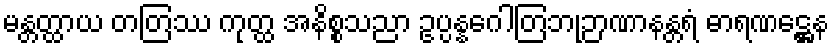
မန္တတ္ထာယ တတြဿ ကုတ္ထ အနိစ္စသညာ ဥပ္ပန္နဂေါတြဘုဉာဏာနန္တရံ ဓာရဏဋ္ဌေန